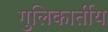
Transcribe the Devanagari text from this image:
गुलिकार्तीय